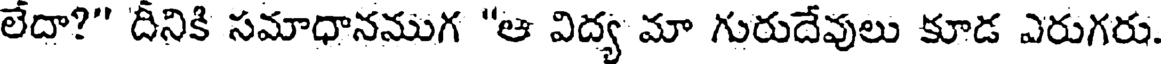
లేదా?" దీనికి సమాధానముగ "ఆ విద్య మా గురుదేవులు కూడ ఎరుగరు.